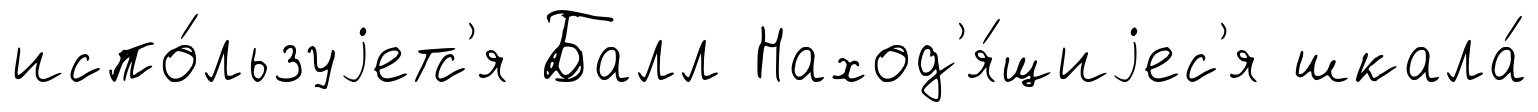
испо́льзуjетс'я Балл Наход'я́щиjес'я шкала́